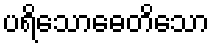
ပရိသောဓေတိသော